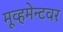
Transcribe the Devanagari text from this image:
मूव्हमेन्टवर